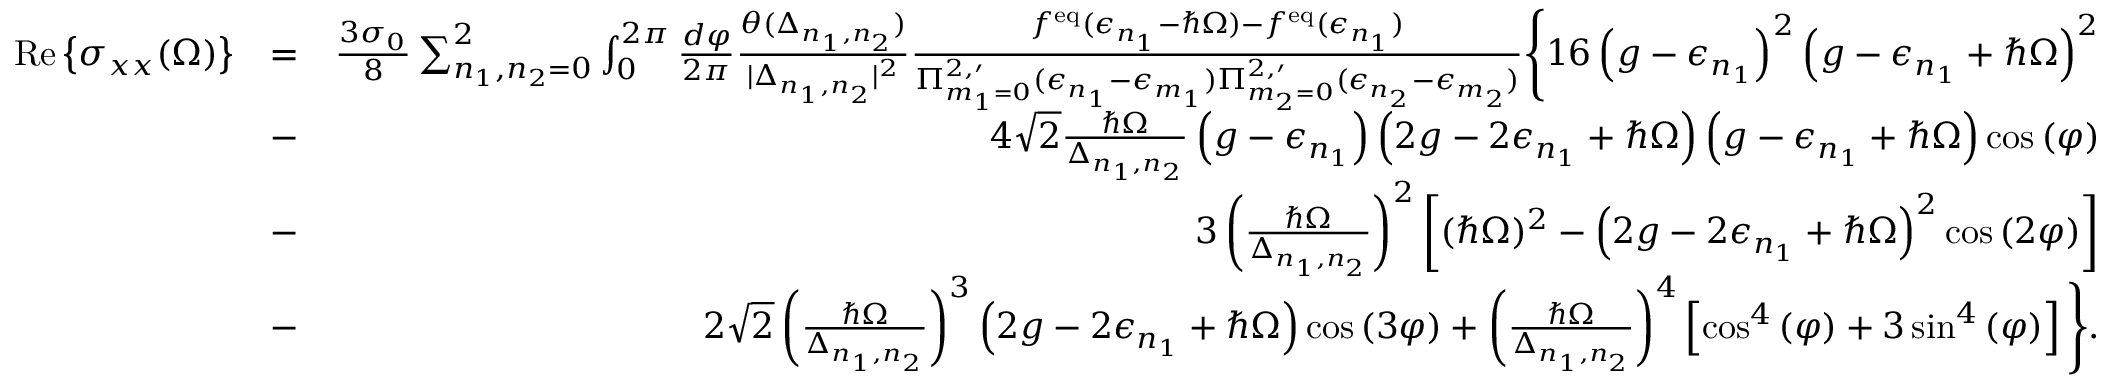
\begin{array} { r l r } { \, \mathrm { R e } \left\{ { \sigma _ { x x } ( \Omega ) } \right\} } & { = } & { \frac { 3 \sigma _ { 0 } } { 8 } \sum _ { n _ { 1 } , n _ { 2 } = 0 } ^ { 2 } \int _ { 0 } ^ { 2 \pi } \frac { d \varphi } { 2 \pi } \frac { \theta ( \Delta _ { n _ { 1 } , n _ { 2 } } ) } { | \Delta _ { n _ { 1 } , n _ { 2 } } | ^ { 2 } } \frac { f ^ { \mathrm { e q } } ( \epsilon _ { n _ { 1 } } - \hbar \Omega ) - f ^ { \mathrm { e q } } ( \epsilon _ { n _ { 1 } } ) } { \Pi _ { m _ { 1 } = 0 } ^ { 2 , \prime } ( \epsilon _ { n _ { 1 } } - \epsilon _ { m _ { 1 } } ) \Pi _ { m _ { 2 } = 0 } ^ { 2 , \prime } ( \epsilon _ { n _ { 2 } } - \epsilon _ { m _ { 2 } } ) } \Bigg \{ 1 6 \left( g - \epsilon _ { n _ { 1 } } \right) ^ { 2 } \left( g - \epsilon _ { n _ { 1 } } + \hbar \Omega \right) ^ { 2 } } \\ & { - } & { 4 \sqrt { 2 } \frac { \hbar \Omega } { \Delta _ { n _ { 1 } , n _ { 2 } } } \left( g - \epsilon _ { n _ { 1 } } \right) \left( 2 g - 2 \epsilon _ { n _ { 1 } } + \hbar \Omega \right) \left( g - \epsilon _ { n _ { 1 } } + \hbar \Omega \right) \cos { ( \varphi ) } } \\ & { - } & { 3 \left( \frac { \hbar \Omega } { \Delta _ { n _ { 1 } , n _ { 2 } } } \right) ^ { 2 } \left[ ( \hbar \Omega ) ^ { 2 } - \left( 2 g - 2 \epsilon _ { n _ { 1 } } + \hbar \Omega \right) ^ { 2 } \cos { ( 2 \varphi ) } \right] } \\ & { - } & { 2 \sqrt { 2 } \left( \frac { \hbar \Omega } { \Delta _ { n _ { 1 } , n _ { 2 } } } \right) ^ { 3 } \left( 2 g - 2 \epsilon _ { n _ { 1 } } + \hbar \Omega \right) \cos { ( 3 \varphi ) } + \left( \frac { \hbar \Omega } { \Delta _ { n _ { 1 } , n _ { 2 } } } \right) ^ { 4 } \left[ \cos ^ { 4 } { ( \varphi ) } + 3 \sin ^ { 4 } { ( \varphi ) } \right] \Bigg \} . } \end{array}